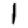
Digit: 1